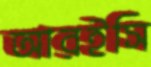
আরইসি